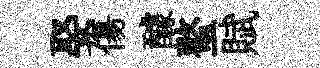
娶傷醵螯賦